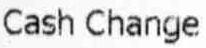
CASH CHANGE